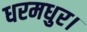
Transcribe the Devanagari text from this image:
धरमधुर।